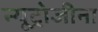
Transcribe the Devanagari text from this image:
न्यूट्रोजीना